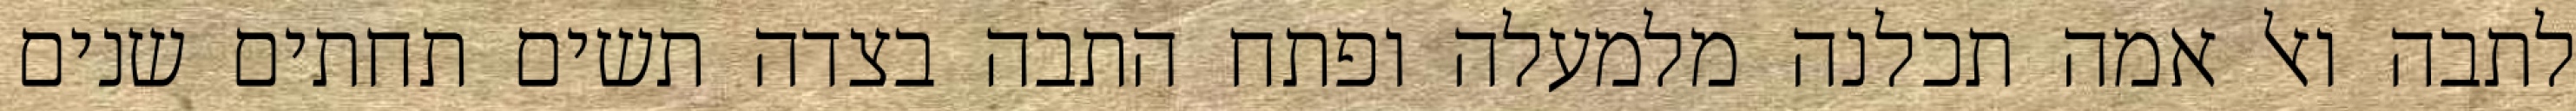
לתבה ואל אמה תכלנה מלמעלה ופתח התבה בצדה תשים תחתים שנים